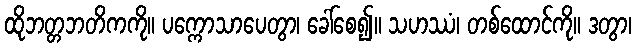
ထိုဘတ္တဘတိကကို။ ပက္ကောသာပေတွာ၊ ခေါ်စေ၍။ သဟဿံ၊ တစ်ထောင်ကို။ ဒတွာ၊